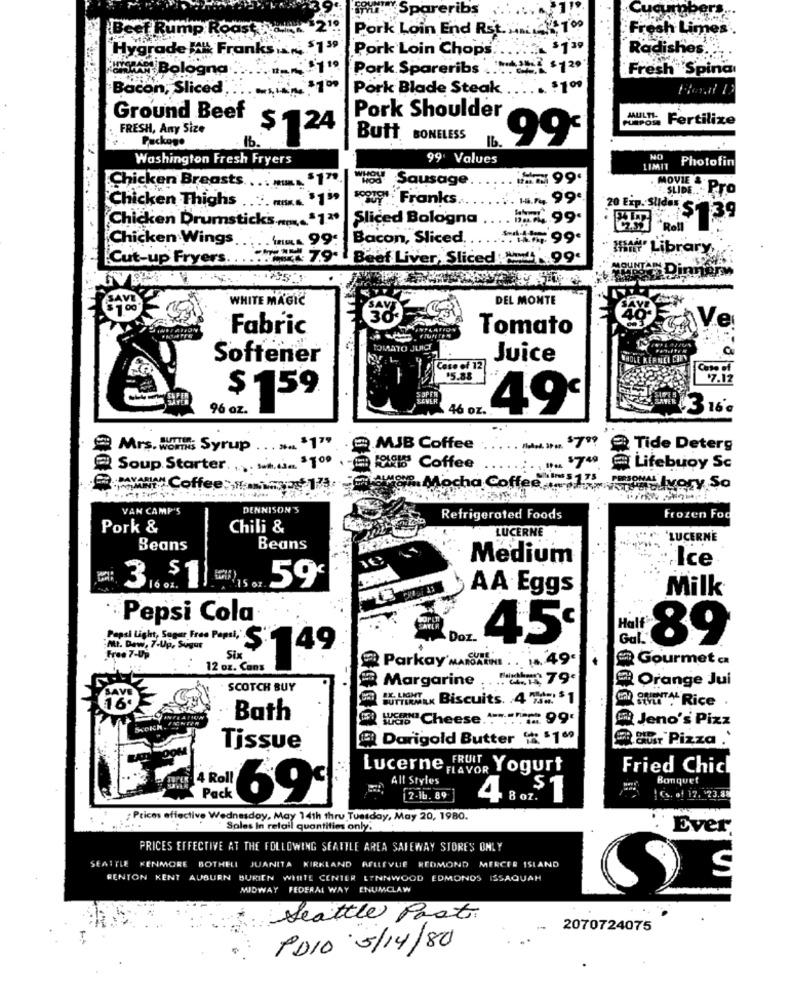
ifr""Spareribs
Cucumbers:
Beet Rump Roast
Pork Loin End Rst.
Fresh Limes .
Hygrade ! Franks
39
Pork Loin Chops.
Radishes ...
WAAR Bologna
Pork Spareribs ..
Fresh Spina
Bacon, Sliced
100
Pork Blade Steak
100
Ground Beef
Pork Shoulder
JAULTI-
od Fertilize
FRESH, Any Size
$ 124
Package
Butt BONELESS
16.
99'
Washington Fresh Fryers
99' Values
Photofin
LIMIT
Chicken Breasts ..
. .. $175
WHOLE
Sausage
99.
MOVIE &
SLIDE ....
Pro
Chicken Thighs ....... $1"
529 Franks ...
.. H.M. 99€
Chicken Drumsticks .... "1""
Sliced Bologna
20 Eip. Suldas S. 39
Chicken Wings.
: . . Ama 99:
Bacon, Sliced,
== 99.
the Library,
Cut-up Fryers.
Beef Liver, Sliced : 1 99.
IT'S Dinner
WHITE MAGIC
DEL MONTE
38
«Ve
Fabric
Tomato
saTo JUICE
Softener
Juice
Case of 12
15.88
$ 159
96 oz.
46 oz.
49‘
3 16 c
@ Mrs. womes Syrup
. 3. 31""
MJB Coffee
Tide Deterg
Soup. Starter. ... .. $100
. - 1945 Coffee
.. ... '7". @ Lifebuoy Sc
Coffee:"mit 17. drop, Mocha Coffee ....... . Ivory So
VAN CAMP'S
DENNISON'S
Refrigerated Foods
Frozen Fod
Pork &
Chili &
LUCERNE
..
*LUCERNE
Beans
Beans
Medium®
:Ice
59
AA Eggs
Milk
Pepsi Cola
Doz.
45€
89
Pepsi Light, Sager Free Papst, S.
ALL. Daw, 7-Up, Sugar
49
Free 7-Up
Six
Parkay' MANDARINE .. . 49€
Gourmet a.
12 oz. Cans
Bah, 79€
@ Orange Jui
SCOTCH BUY
R Margarine .... .
urTiAux Biscuits. 4 4= $ 1
EN Rice .
16ª
Bath
..... 99'
El Jeno's Pizz
B Darigold Butter " "1"9
85. Pizza .'
Tissue
Lucerne FRUIT, Yogurt
Fried Chic
All Styles
Banquet
Pack
1 Cs. of 17, 23.88
12-16. 89
Boz. T
;Prices effective Wednesday, May 14th thru Tuesday, May 20, 1980.
Sales In retail quantities only.
Ever
PRICES EFFECTIVE AT THE FOLLOWING SEATTLE AREA SAFEWAY STORES ONLY
SEATTLE KENMORE BOTHELL JUANITA KIRKLAND BELLEVUE REDMOND MERCER ISLAND
RENTON KENT AUBURN BURIEN WHITE CENTER LYNNWOOD EDMONDS ISSAQUAH
MIDWAY FEDERAL WAY
ENUMCLAW
Seattle Past.
2070724075
PDIO 5/14/80